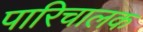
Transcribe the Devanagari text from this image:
पारिचालक